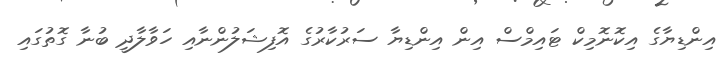
އިންޑިޔާގެ އިކޮނޮމިކް ޓައިމްސް އިން އިންޑިޔާ ސަރުކާރުގެ އޮފިޝަލުންނާއި ހަވާލާދީ ބުނާ ގޮތުގައި